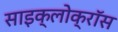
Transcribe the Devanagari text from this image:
साइक्लोक्रॉस